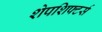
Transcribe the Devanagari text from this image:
शेपशिफ्टर्स